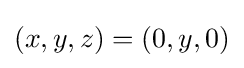
(x,y,z)=(0,y,0)